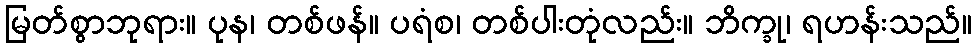
မြတ်စွာဘုရား။ ပုန၊ တစ်ဖန်။ ပရံစ၊ တစ်ပါးတုံလည်း။ ဘိက္ခု၊ ရဟန်းသည်။